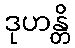
ဒုဟန္တိ